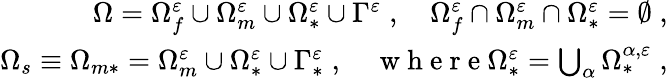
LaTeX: \begin{array}{r}{\Omega=\Omega_{f}^{\varepsilon}\cup\Omega_{m}^{\varepsilon}\cup\Omega_{*}^{\varepsilon}\cup\Gamma^{\varepsilon}\; ,\quad\Omega_{f}^{\varepsilon}\cap\Omega_{m}^{\varepsilon}\cap\Omega_{*}^{\varepsilon}=\emptyset\; ,}\\ {\Omega_{s}\equiv\Omega_{m*}=\Omega_{m}^{\varepsilon}\cup\Omega_{*}^{\varepsilon}\cup\Gamma_{*}^{\varepsilon}\; ,\quad\mathrm{~w~h~e~r~e~}\Omega_{*}^{\varepsilon}=\bigcup_{\alpha}\Omega_{*}^{{\alpha},\varepsilon}\; ,}\end{array}